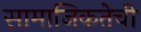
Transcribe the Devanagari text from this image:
सामाजिकतेची